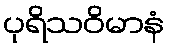
ပုရိသဝိမာနံ